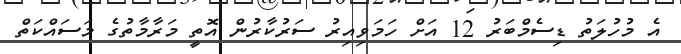
އެ މުހުލަތު ޑިސެމްބަރު 12 އަށް ހަމަވިއިރު ސަރުކާރުން އޮތީ މަރާމާތުގެ މަސައްކަތް